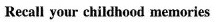
Recall your childhood memories